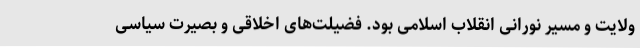
ولایت و مسیر نورانی انقلاب اسلامی بود. فضیلت‌های اخلاقی و بصیرت سیاسی